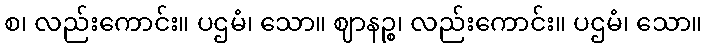
စ၊ လည်းကောင်း။ ပဌမံ၊ သော။ ဈာနဉ္စ၊ လည်းကောင်း။ ပဌမံ၊ သော။